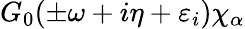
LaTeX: G_{0}(\pm\omega+i\eta+\varepsilon_{i})\chi_{\alpha}